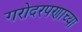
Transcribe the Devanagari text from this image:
गरोदरपणाच्या